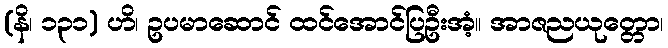
(နိ၊ ၁၃၁) ဟိ၊ ဥပမာဆောင် ထင်အောင်ပြဦးအံ့။ အာဇညယုတ္တော၊